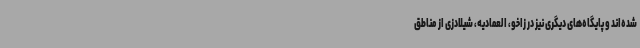
شده‌اند و پایگاه‌های دیگری نیز در زاخو، العمادیه، شیلادزی از مناطق